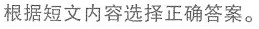
根据短文内容选择正确答案.